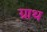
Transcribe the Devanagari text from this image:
ग्राथ